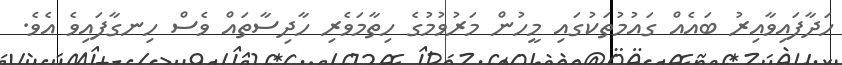
ހަދާފައިވާއިރު ބައެއް ގައުމުތަކުގައި މީހުން މަރުވުމުގެ ހިތާމަވެރި ހާދިސާތައް ވެސް ހިނގާފައިވެ އެވެ.